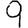
Digit: 9